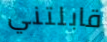
قابلتني